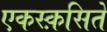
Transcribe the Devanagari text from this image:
एकस्क़सिते